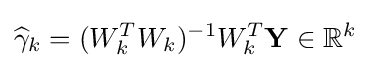
{\widehat {\gamma }}_{k}=(W_{k}^{T}W_{k})^{-1}W_{k}^{T}\mathbf {Y} \in \mathbb {R} ^{k}